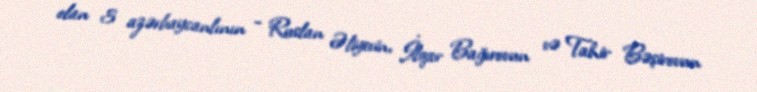
olan 3 azərbaycanlının - Ruslan Əliyevin, İlqar Bağırovun və Tahir Bəşirovun